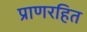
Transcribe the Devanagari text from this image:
प्राणरहित